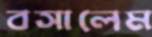
বসালেম